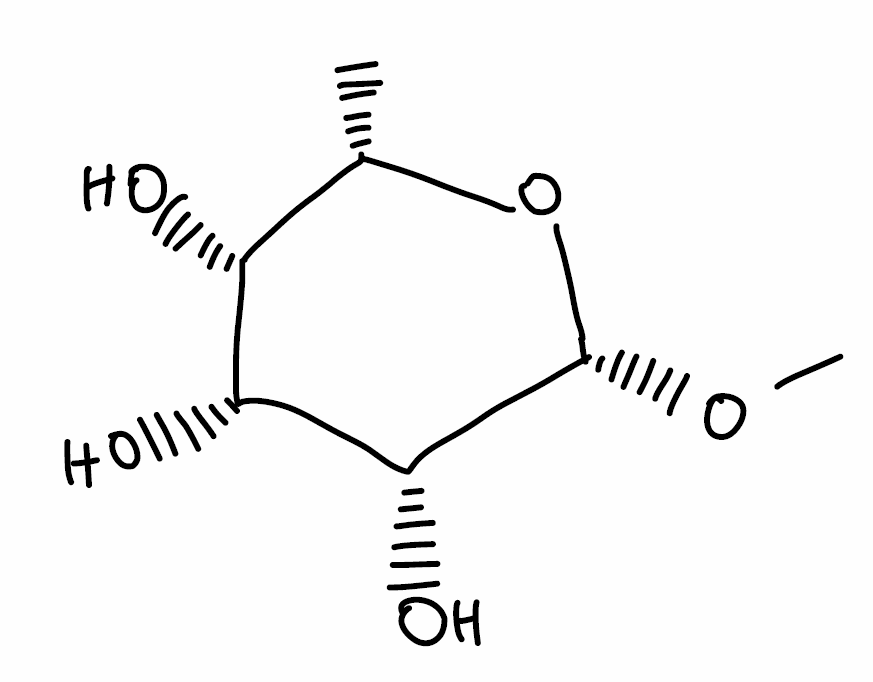
Simplified molecular-input line-entry system (SMILES) notation of the given molecule:
C[C@H]1[C@H]([C@H]([C@H]([C@H](O1)OC)O)O)O